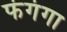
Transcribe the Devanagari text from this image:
फंगंगा